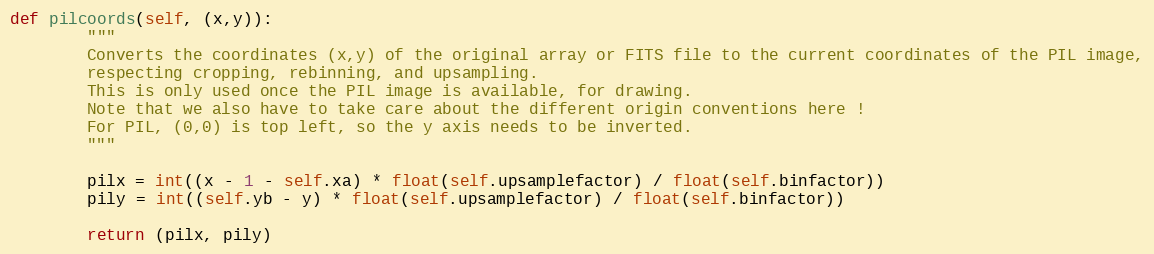
Language: Python
def pilcoords(self, (x,y)):
        """
        Converts the coordinates (x,y) of the original array or FITS file to the current coordinates of the PIL image,
        respecting cropping, rebinning, and upsampling.
        This is only used once the PIL image is available, for drawing.
        Note that we also have to take care about the different origin conventions here !
        For PIL, (0,0) is top left, so the y axis needs to be inverted.
        """

        pilx = int((x - 1 - self.xa) * float(self.upsamplefactor) / float(self.binfactor))
        pily = int((self.yb - y) * float(self.upsamplefactor) / float(self.binfactor))

        return (pilx, pily)